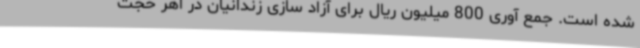
شده است. جمع آوری 800 میلیون ریال برای آزاد سازی زندانیان در اهر حجت